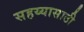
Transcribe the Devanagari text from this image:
सहय्यासाठी